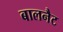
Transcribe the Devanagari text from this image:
बालनैट